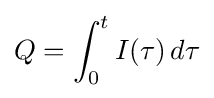
Q=\int _{0}^{t}I(\tau )\,d\tau